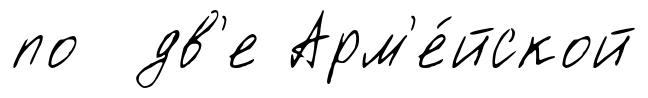
по дв'е Арм'е́йской